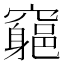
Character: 𥨪